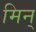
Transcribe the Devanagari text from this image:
मिन्‌